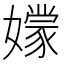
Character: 𡣘